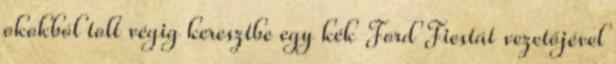
okokból tolt végig keresztbe egy kék Ford Fiestát vezetőjével